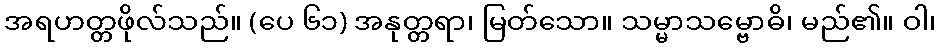
အရဟတ္တဖိုလ်သည်။ (ပေ ၆၁) အနုတ္တရာ၊ မြတ်သော။ သမ္မာသမ္ဗောဓိ၊ မည်၏။ ဝါ၊